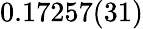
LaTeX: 0.17257(31)